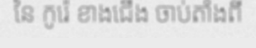
នៃ កូរ៉េ ខាងជើង ចាប់តាំងពី